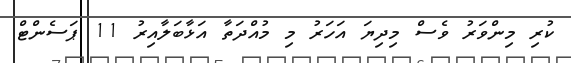
ކުރި މިންވަރު ވެސް މިދިޔަ އަހަރު މި މުއްދަތާ އަޅާބަލާއިރު 11 ޕަސެންޓް